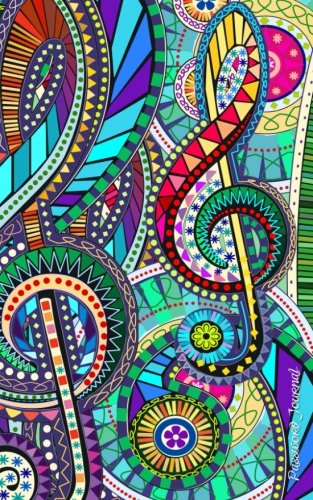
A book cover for Password Journal: Password Keeper / Music Gifts ( Internet Address Logbook / Diary / Notebook ) (Password Journals - Music (Carnvial)); smART bookx; Computers & Technology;